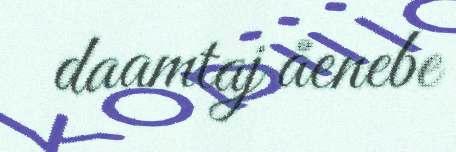
daamtaj åenebe